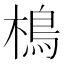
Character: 樢